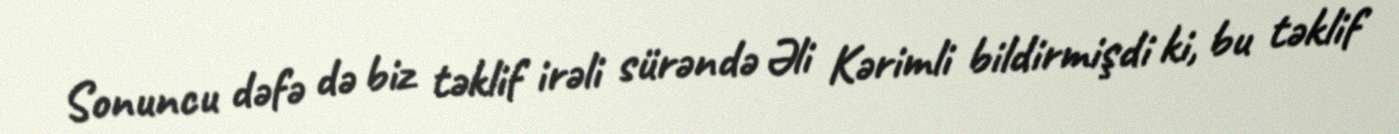
Sonuncu dəfə də biz təklif irəli sürəndə Əli Kərimli bildirmişdi ki, bu təklif